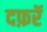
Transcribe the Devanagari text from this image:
दफ़रॅ